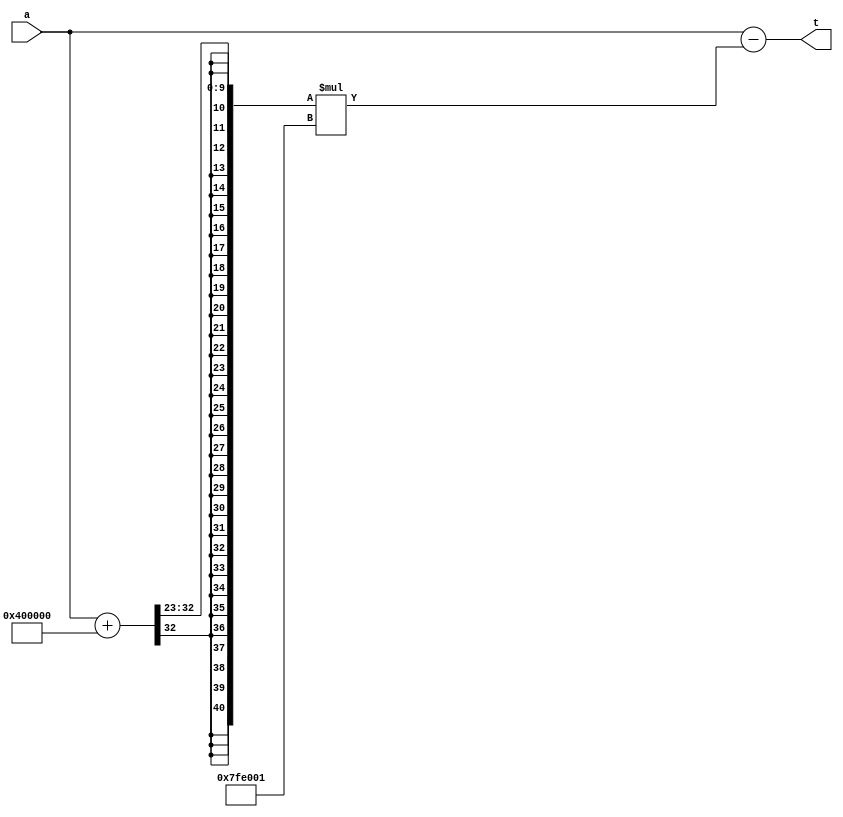

module reduce32(
    input signed [31:0]a,
    output signed [31:0]t
    );
wire signed [63:0] temp;
assign temp = (a + (1 << 22)) >> 23;
wire signed [63:0] temp2;
assign temp2 = temp * 32'sd8380417;
assign t = a - temp2;


endmodule